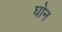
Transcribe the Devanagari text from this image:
घोन